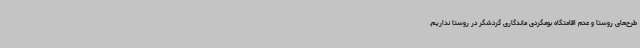
طرح‌های روستا و عدم اقامتگاه بومگردی ماندگاری گردشگر در روستا نداریم.